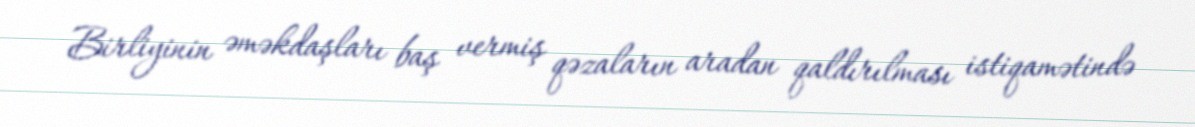
Birliyinin əməkdaşları baş vermiş qəzaların aradan qaldırılması istiqamətində